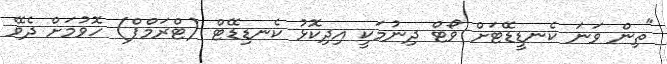
"ތިން ވަނަ ކެނޑީޑޭޓަށް ވޯޓް ދިނުމަކީ އިދިކޮޅު ކެނޑިޑޭޓް (ޓްރަމްޕް) ހޮވުމަށް ދެވޭ